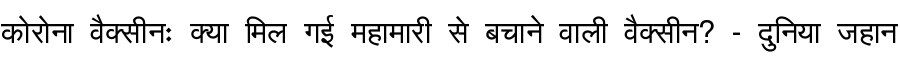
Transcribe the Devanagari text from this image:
कोरोना वैक्सीनः क्या मिल गई महामारी से बचाने वाली वैक्सीन? - दुनिया जहान